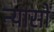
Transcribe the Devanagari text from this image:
न्‍यासों